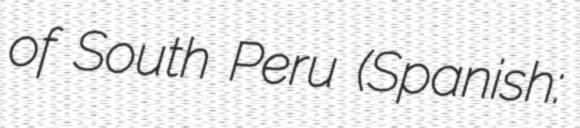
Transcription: of South Peru (Spanish: